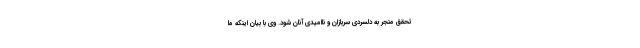
تحقق منجر به دلسردی سربازان و ناامیدی آنان شود. وی با بیان اینکه ما